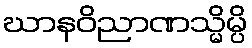
ဃာနဝိညာဏသ္မိမ္ပိ